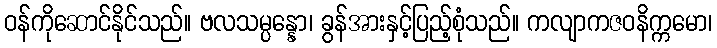
ဝန်ကိုဆောင်နိုင်သည်။ ဗလသမ္ပန္နော၊ ခွန်အားနှင့်ပြည့်စုံသည်။ ကလျာကဇဝနိက္ကမော၊